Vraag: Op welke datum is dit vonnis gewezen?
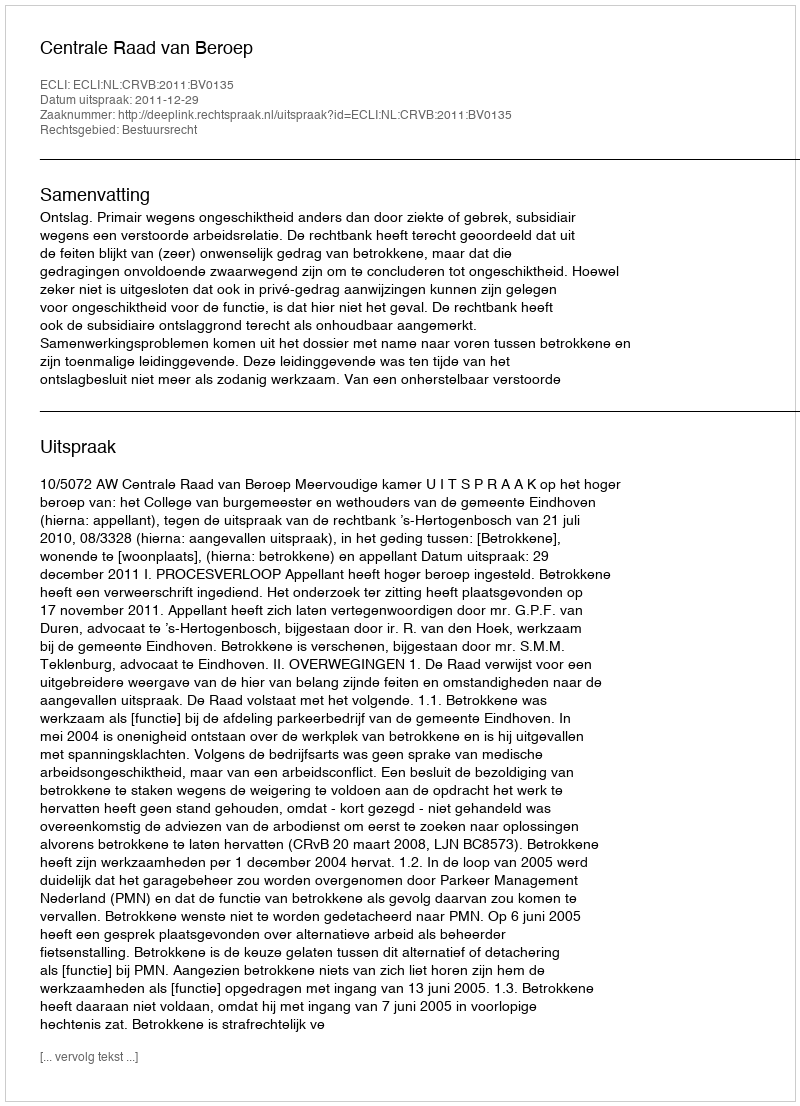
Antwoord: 2011-12-29